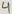
Text: 4